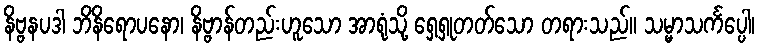
နိဗ္ဗနပဒါ ဘိနိရောပနော၊ နိဗ္ဗာန်တည်းဟူသော အာရုံသို့ ရှေ့ရှုတတ်သော တရားသည်။ သမ္မာသင်္ကပ္ပေါ၊